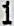
1